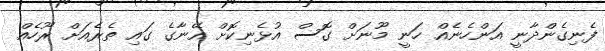
ފެނިގެންދާނީ އަންހެނެއް ހަނީ މޫނަށް ގޮސް އުޅެނިކޮށް އޭނާގެ ގައި ތެރެއަށް ރޫހެއް